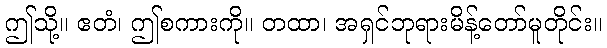
ဤသို့။ ဧတံ၊ ဤစကားကို။ တထာ၊ အရှင်ဘုရားမိန့်တော်မူတိုင်း။